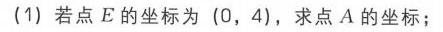
(1) 若点 \(E\) 的坐标为 \((0,4)\)，求点 \(A\) 的坐标；